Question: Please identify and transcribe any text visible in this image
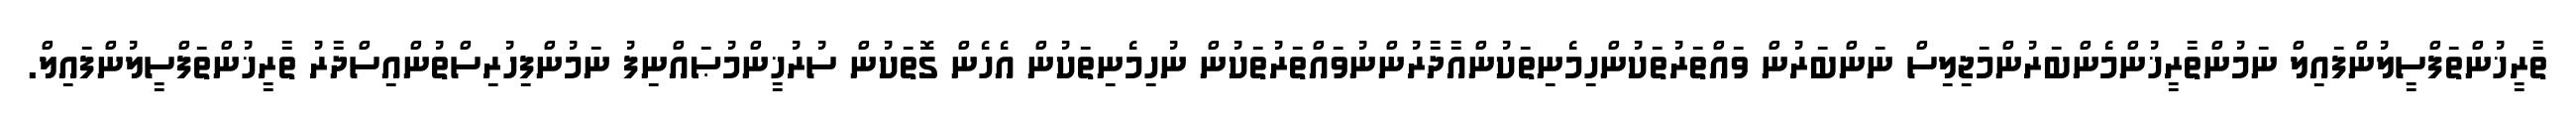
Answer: ތާރީޚުންތަފްސީލުންފައިލް ނަމުންތާރީޚުންމެންބަރުންމަޖިލިސް ނަންބަރުން ވައްތަރުތަކުންހިމެނިތަކުންއާދާރުންނުވައްތަރުތަކުން ނުހިމެނިތަކުން އެހެން ގޮތަކުން ސުރުޚީންމުޞައްނިފު ނަމުންފިހުރިސްތުންއިސްދާރު ތާރީޚުންތަފްސީލުންފައިލް.